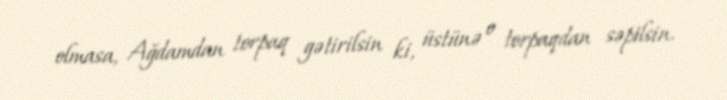
olmasa, Ağdamdan torpaq gətirilsin ki, üstünə o torpaqdan səpilsin.